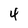
Character: 4